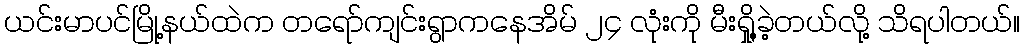
ယင်းမာပင်မြို့နယ်ထဲက တရော်ကျင်းရွာကနေအိမ် ၂၄ လုံးကို မီးရှို့ခဲ့တယ်လို့ သိရပါတယ်။